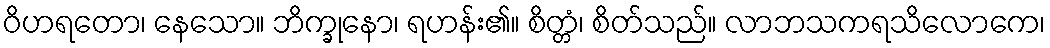
ဝိဟရတော၊ နေသော။ ဘိက္ခုနော၊ ရဟန်း၏။ စိတ္တံ၊ စိတ်သည်။ လာဘသကရသိလောကေ၊